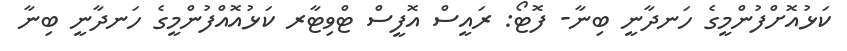
ކަޅުއޮށްފުންމީގެ ހަނދާނީ ބިނާ- ފޮޓޯ: ރައީސް އޮފީސް ޓްވިޓާރ ކަޅުއޮއްފުންމީގެ ހަނދާނީ ބިނާ